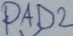
Text: PAD2